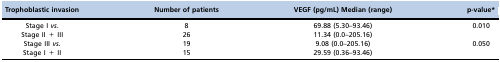
| Trophoblastic invasion | Number of patients | VEGF (pg/mL) Median (range) | p-value* |
 | --- | --- | --- | --- |
 | Stage I vs. | 8 | 69.88 (5.30–93.46) | 0.010 |
 | Stage II + III | 26 | 11.34 (0.0–205.16) |  |
 | Stage III vs. | 19 | 9.08 (0.0–205.16) | 0.050 |
 | Stage I + II | 15 | 29.59 (0.36–93.46) |  |